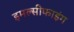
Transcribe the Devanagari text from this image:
इमल्सीफाइंग